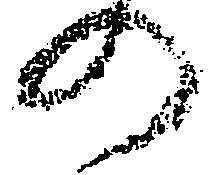
の